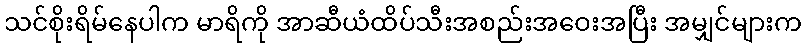
သင်စိုးရိမ်နေပါက မာရိကို အာဆီယံထိပ်သီးအစည်းအဝေးအပြီး အမျှင်များက